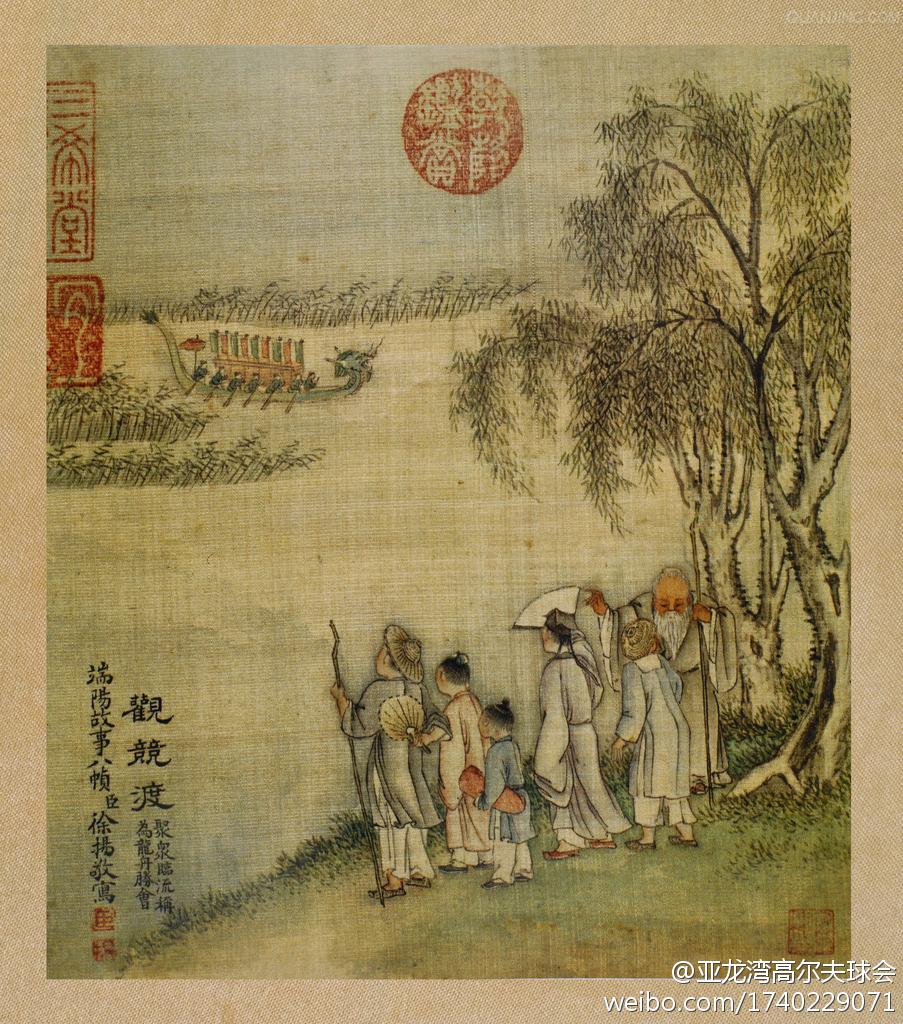
重五山村好，榴花忽已繁。